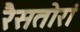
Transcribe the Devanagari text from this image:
रैसतोरां